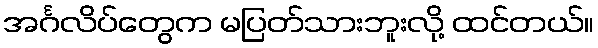
အင်္ဂလိပ်တွေက မပြတ်သားဘူးလို့ ထင်တယ်။